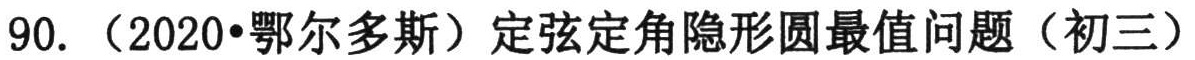
90. （2020•鄂尔多斯）定弦定角隐形圆最值问题（初三）